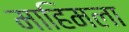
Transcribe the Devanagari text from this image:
माहिमला